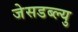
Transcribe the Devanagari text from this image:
जेसडब्ल्यु